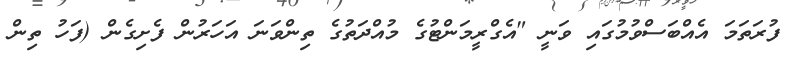
ފުރަތަމަ އެއްބަސްވުމުގައި ވަނީ "އެގްރީމަންޓުގެ މުއްދަތުގެ ތިންވަނަ އަހަރުން ފެށިގެން (ފަހު ތިން